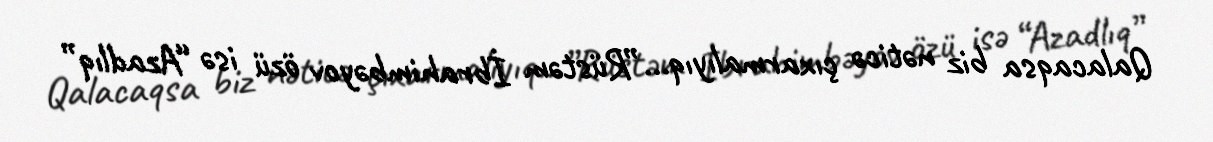
Qalacaqsa biz nəticə çıxarmalıyıq...”Rüstəm İbrahimbəyov özü isə “Azadlıq”